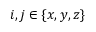
i , j \in \{ x , y , z \}